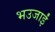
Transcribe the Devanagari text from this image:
भउजाईं